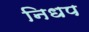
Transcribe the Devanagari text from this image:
निधप